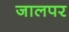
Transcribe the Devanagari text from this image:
जालपर